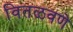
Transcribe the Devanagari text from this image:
वितळवणे